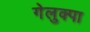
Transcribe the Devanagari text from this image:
गेलुक्पा